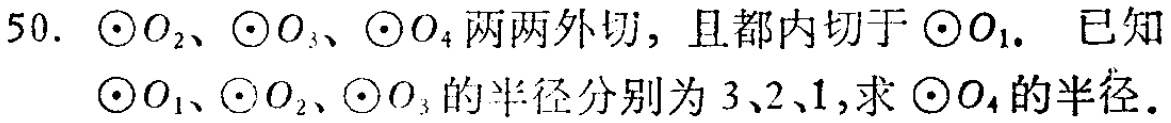
50. $\odot O_{2}$、$\odot O_{3}$、$\odot O_{4}$两两外切，且都内切于$\odot O_{1}$. 已知$\odot O_{1}$、$\odot O_{2}$、$\odot O_{3}$的半径分别为$3$、$2$、$1$,求$\odot O_{4}$的半径.